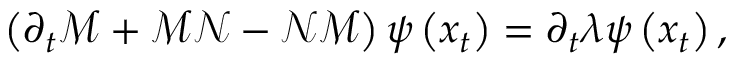
\begin{array} { r } { \left( \partial _ { t } \mathcal { M } + \mathcal { M } \mathcal { N } - \mathcal { N } \mathcal { M } \right) \psi \left( x _ { t } \right) = \partial _ { t } \lambda \psi \left( x _ { t } \right) , } \end{array}